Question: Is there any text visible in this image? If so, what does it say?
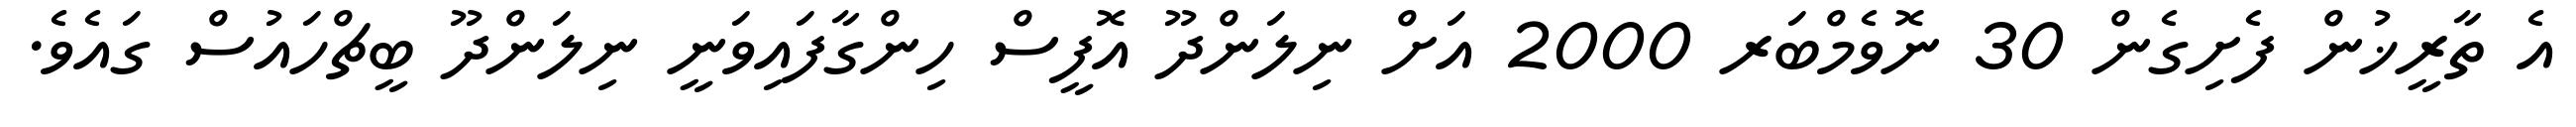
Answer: އެ ތާރީޚުން ފެށިގެން 30 ނޮވެމްބަރ 2000 އަށް ނިލަންދޫ އޮފީސް ހިންގާފައިވަނީ ނިލަންދޫ ބީޗްހައުސް ގައެވެ.